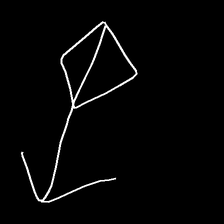
Glyph: focus